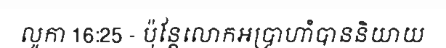
លូកា 16:25 - ប៉ុន្តែលោកអប្រាហាំបាននិយាយ